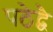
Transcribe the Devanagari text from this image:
पठेद्वै